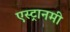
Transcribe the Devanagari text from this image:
एस्ट्रानमी